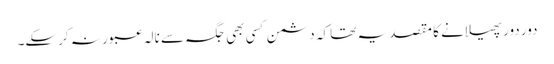
دور دور پھیلانے کا مقصد یہ تھا کہ دشمن کسی بھی جگہ سے نالہ عبور نہ کرسکے۔